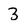
Character: 3